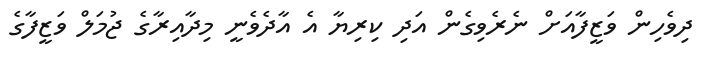
ދިވެހިން ވަޒީފާއަށް ނެރެވިގެން އަދި ކިރިޔާ އެ އާދެވެނީ މިދާއިރާގެ ޖުމަލް ވަޒީފާގެ